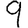
Digit: 9